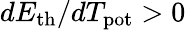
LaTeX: dE_{\mathrm{th}}/dT_{\mathrm{pot}}>0